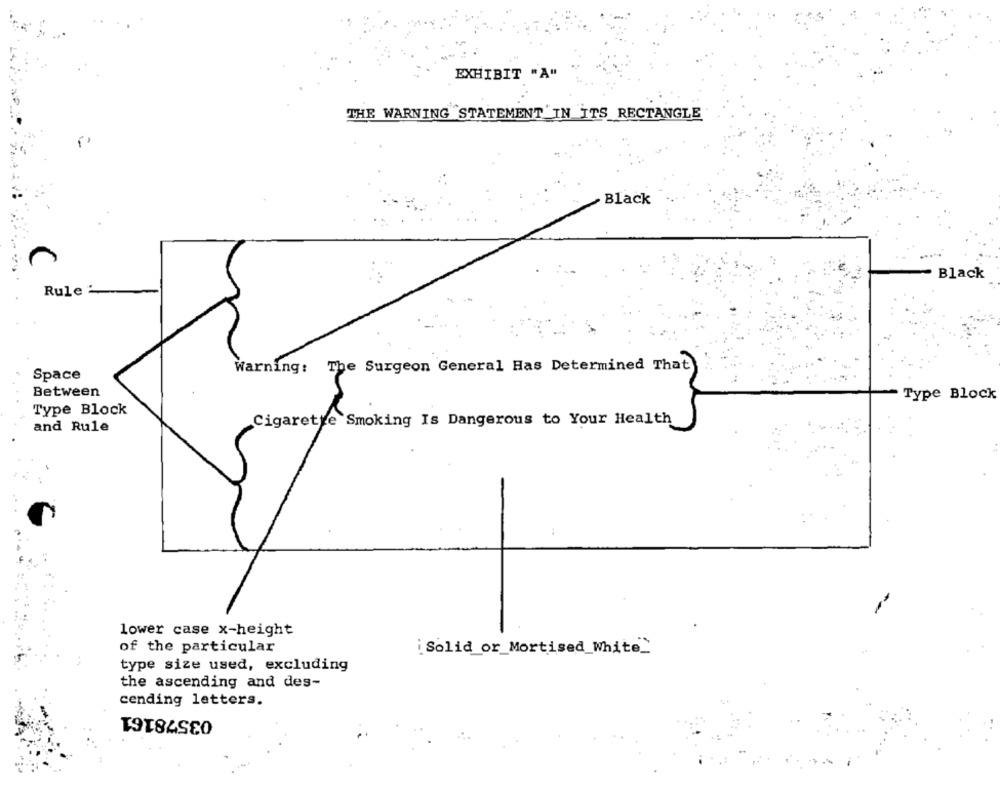
EXHIBIT "A"
THE WARNING STATEMENT "IN ITS RECTANGLE
Black
Black
Rule:
Warning: The Surgeon General Has Determined That
Space
Between
Type Block
Type Block
and Rule
Cigarette Smoking Is Dangerous to Your Health
lower case x-height
of the particular
i Solid or_Mortised_White_
type size used, excluding
the ascending and des-
cending letters.
03578161